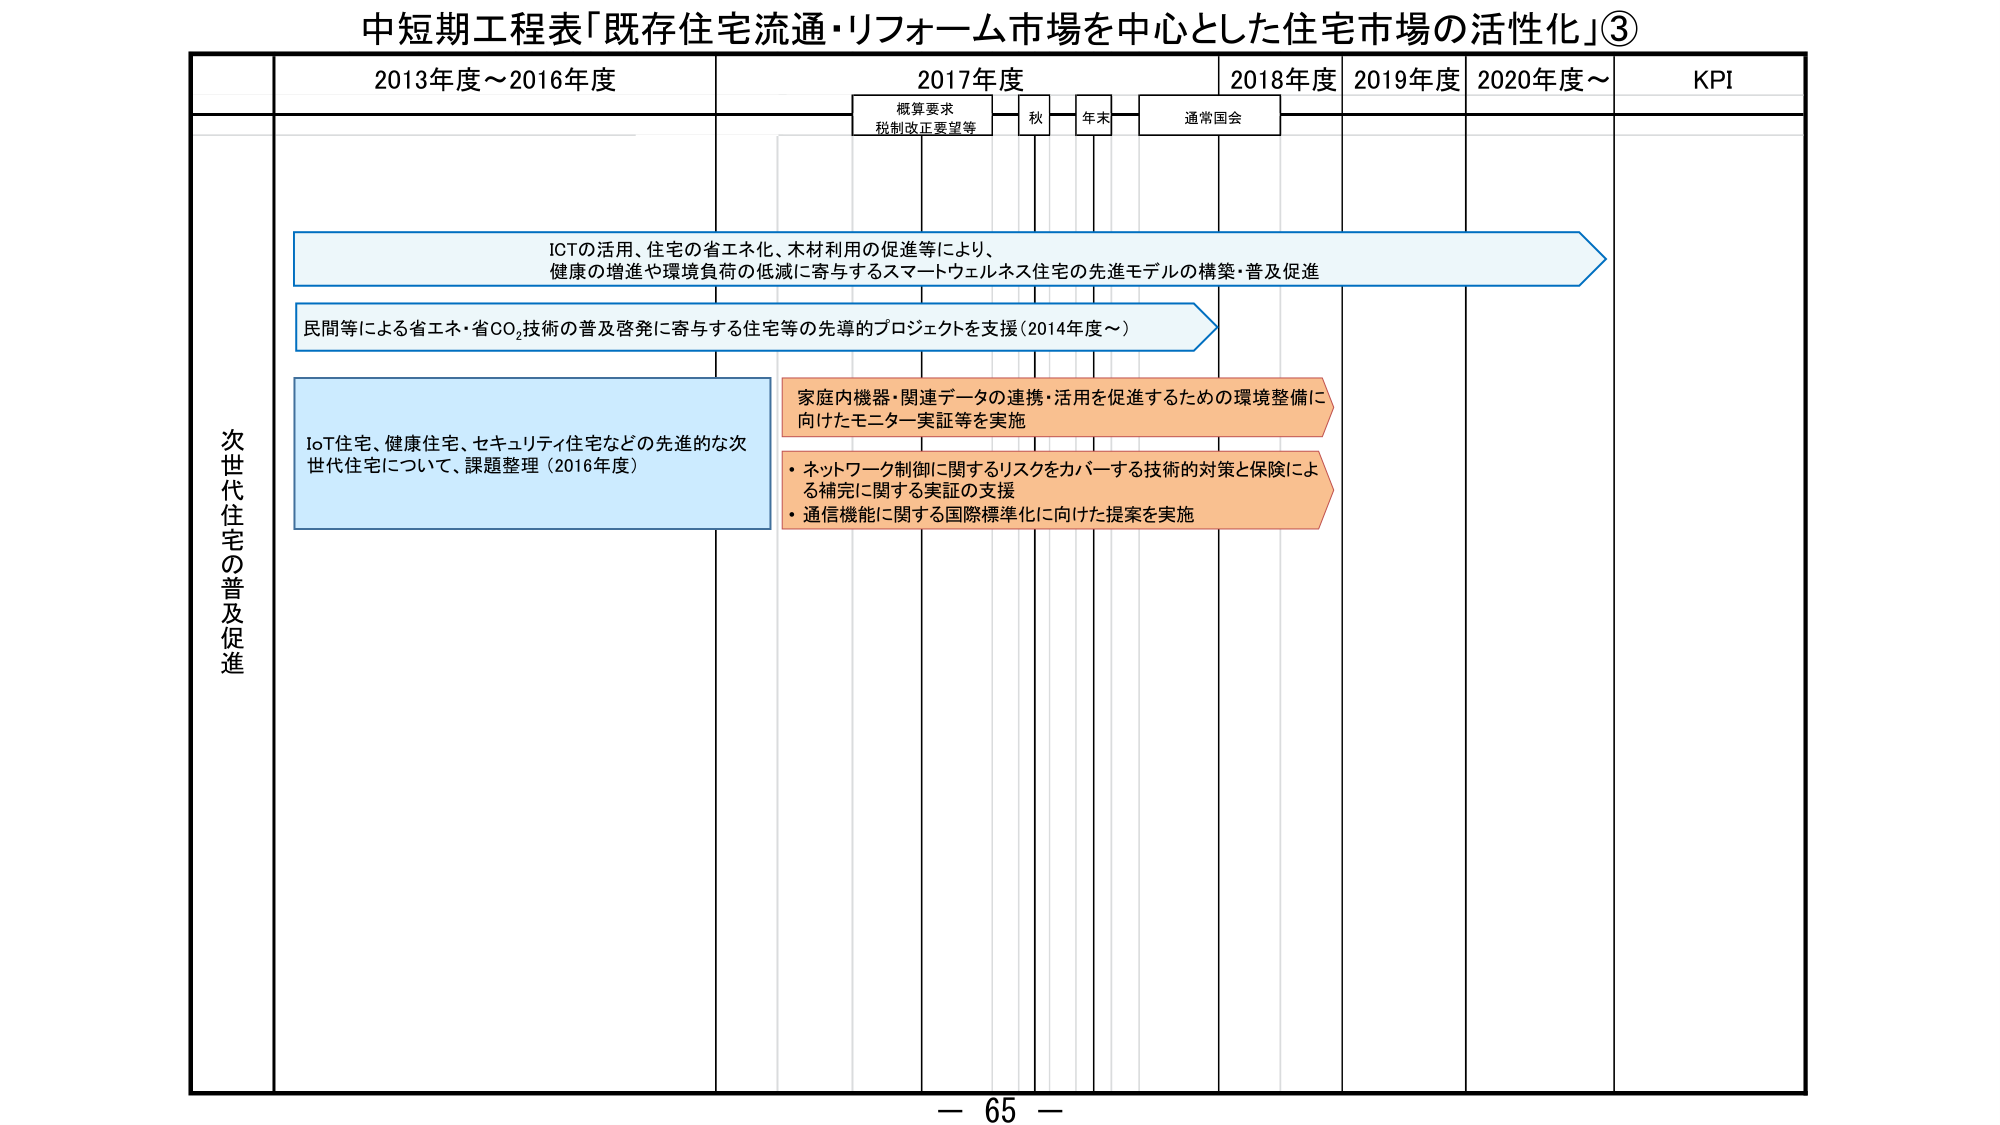
中短期工程表「既存住宅流通・リフォーム市場を中心とした住宅市場の活性化」③

2013年度～2016年度
2017年度
2018年度
2019年度
2020年度～
KPI

概算要求
税制改正要望等
秋
年末
通常国会

次世代住宅の普及促進

ICTの活用、住宅の省エネ化、木材利用の促進等により、
健康の増進や環境負荷の低減に寄与するスマートウェルネス住宅の先進モデルの構築・普及促進

民間等による省エネ・省CO₂技術の普及啓発に寄与する住宅等の先導的プロジェクトを支援（2014年度～）

IoT住宅、健康住宅、セキュリティ住宅などの先進的な次
世代住宅について、課題整理（2016年度）

家庭内機器・関連データの連携・活用を促進するための環境整備に
向けたモニター実証等を実施

・ネットワーク制御に関するリスクをカバーする技術的対策と保険によ
る補完に関する実証の支援
・通信機能に関する国際標準化に向けた提案を実施

－ 65 －